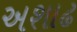
અશાઢ